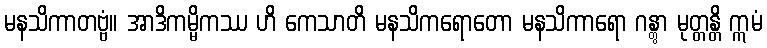
မနသိကာတဗ္ဗံ။ အာဒိကမ္မိကဿ ဟိ ကေသာတိ မနသိကရောတော မနသိကာရော ဂန္တွာ မုတ္တန္တိ ဣမံ